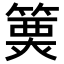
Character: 𥲦